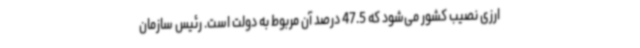
ارزی نصیب کشور می‌شود که 47.5 درصد آن مربوط به دولت است. رئیس سازمان